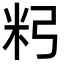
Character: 𥸲